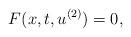
LaTeX: \begin{align*} F(x, t, u^{(2)})=0, \end{align*}